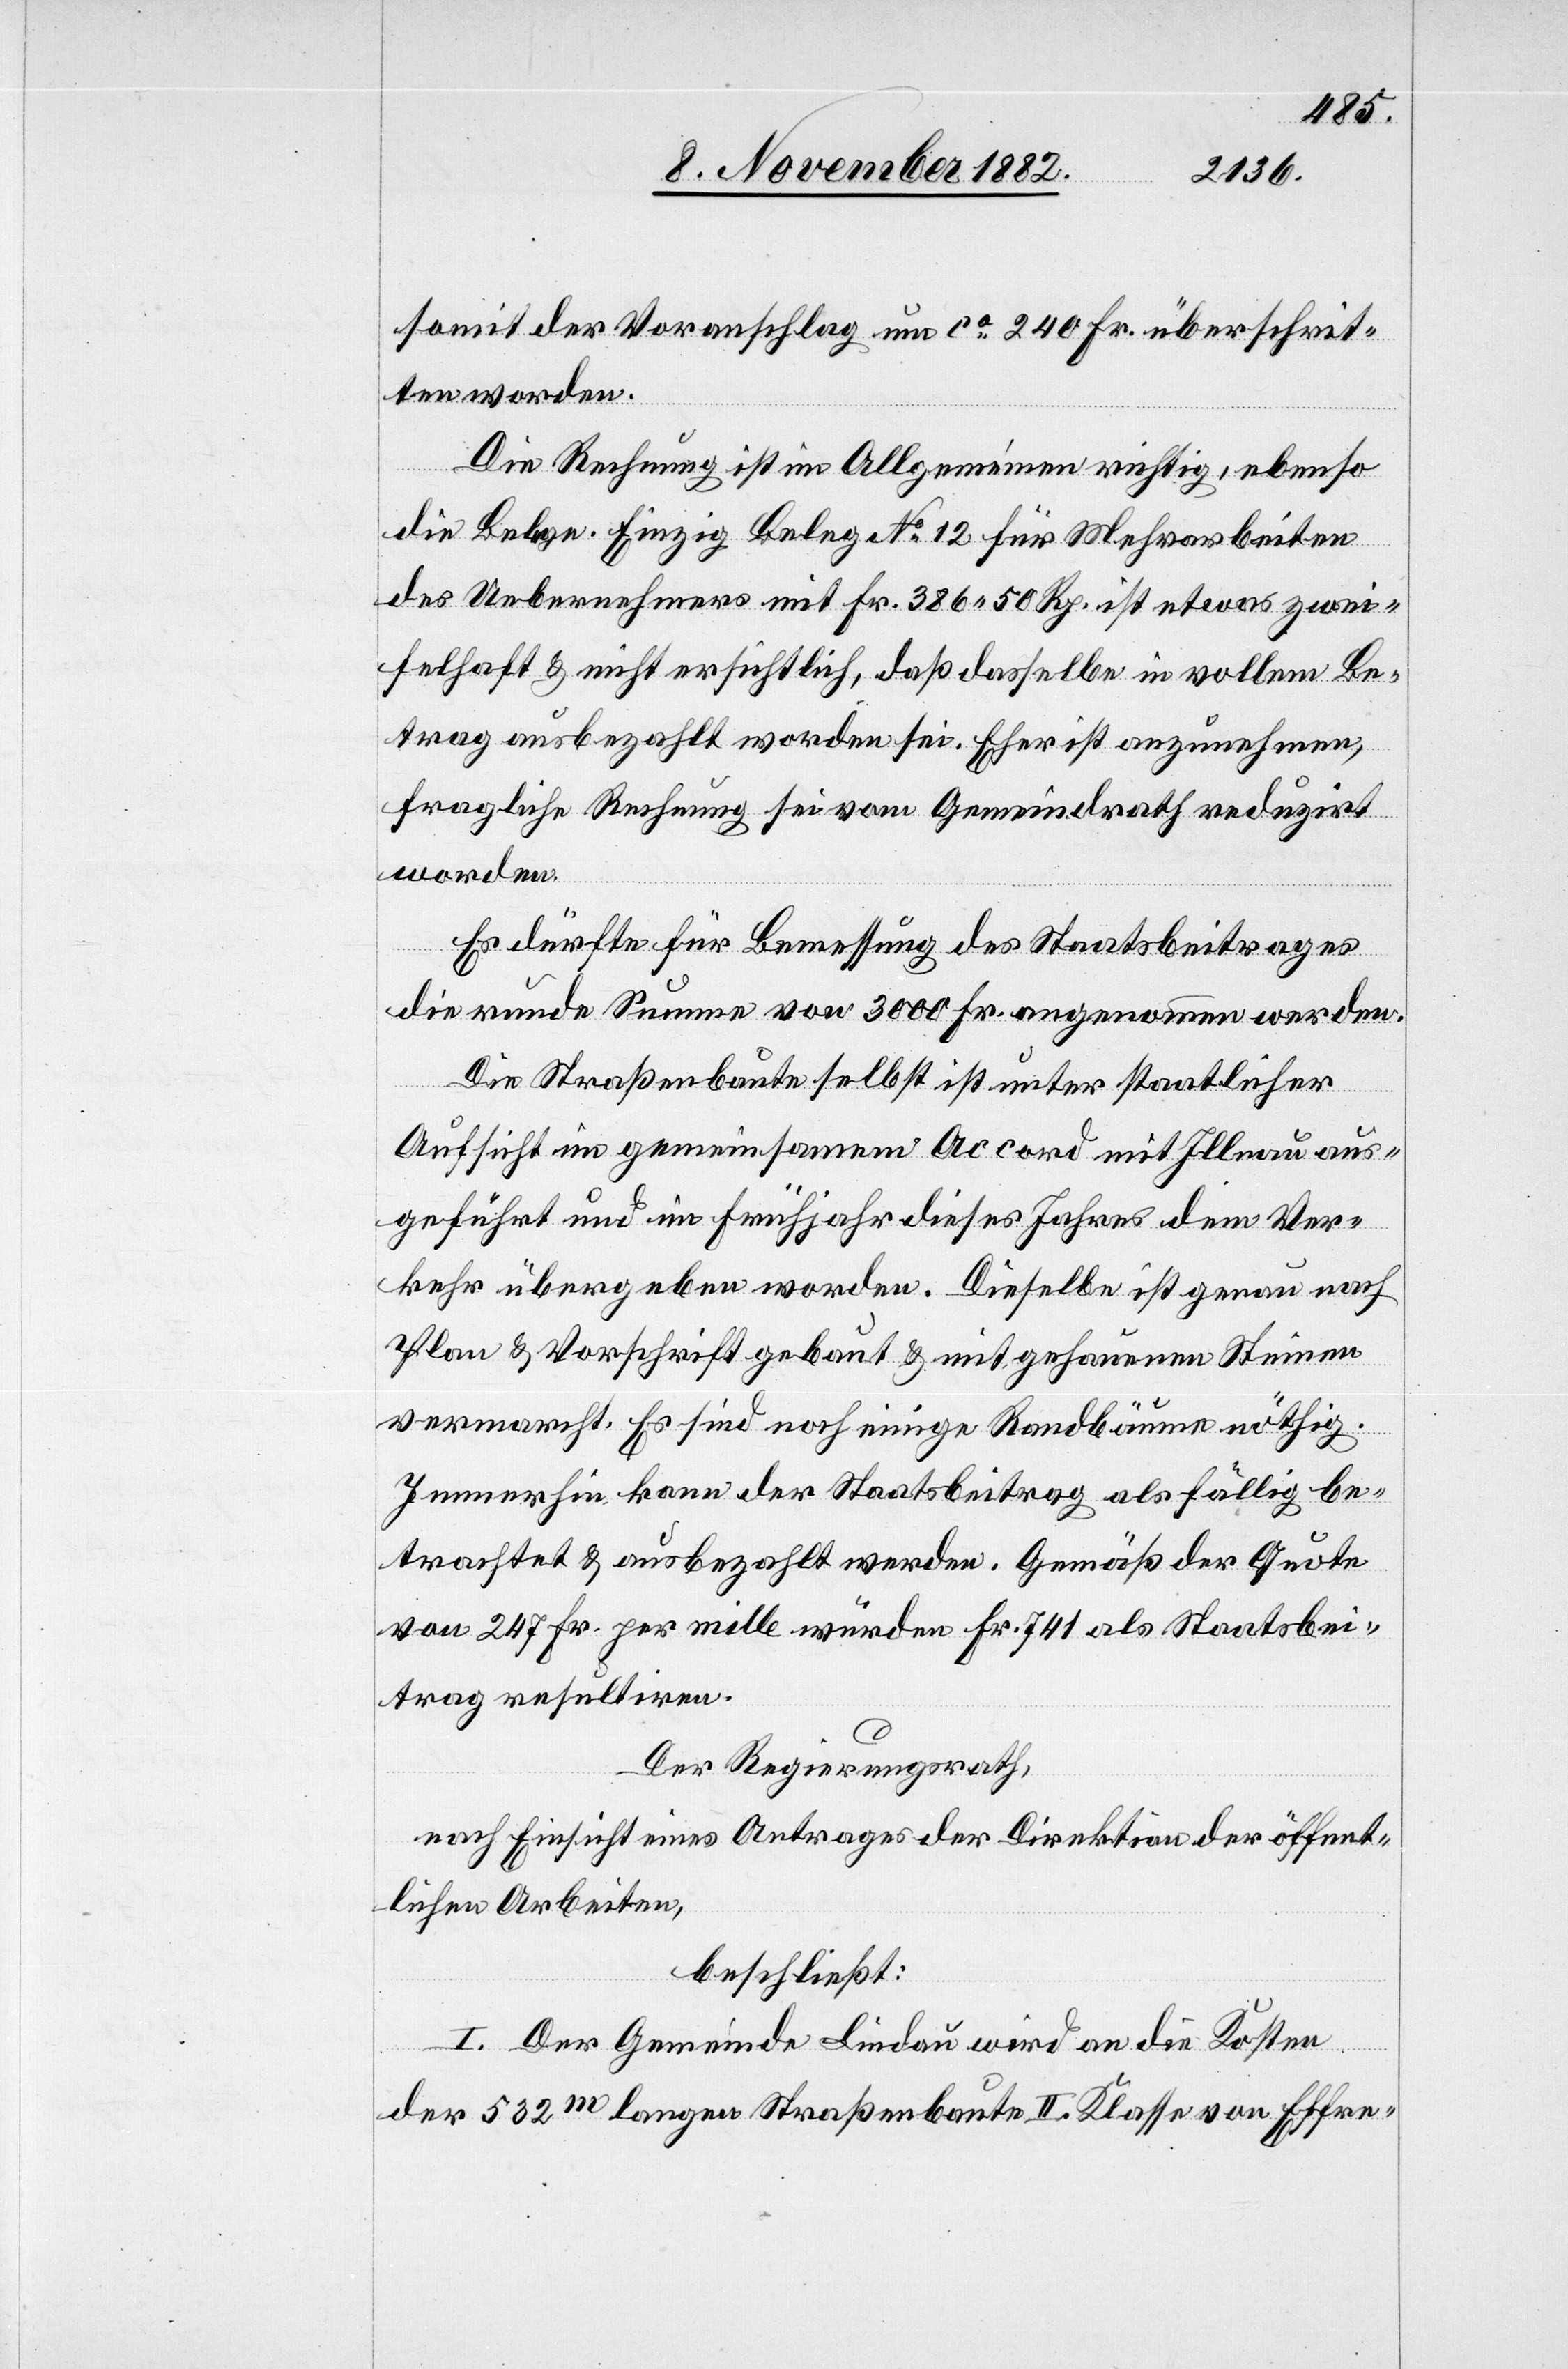
somit der Voranschlag um ca 240 Fr. überschrit¬
ten worden.
Die Rechnung ist im Allgemeinen richtig, ebenso
die Belege. Einzig Beleg No 12 für Mehrarbeiten
des Uebernehmers mit Fr. 386 50 Rp. ist etwas zwei¬
felhaft & nicht ersichtlich, daß dasselbe in vollem Be¬
trag ausbezahlt worden sei. Eher ist anzunehmen,
fragliche Rechnung sie vom Gemeindrath reduzirt
worden.
Es dürfte für Bemessung des Staatsbeitrages
die runde Summe von 3000 Fr. angenommen werden.
Die Straßenbaute selbst ist unter staatlicher
Aufsicht im gemeinsamen Accord mit Illnau aus¬
geführt und im Frühjahr dieses Jahres dem Ver¬
kehr übergeben worden. Dieselbe ist genau nach
Plan & Vorschrift gebaut & mit gehauenen Steinen
vermarcht. Es sind noch einige Randbäume nöthig.
Immerhin kann der Staatsbeitrag als fällig be¬
trachtet & ausbezahlt werden. Gemäß der Quote
von 247 Fr. per mille würden Fr. 741 als Staatsbei¬
trag resultiren.
Der Regierungsrath,
nach Einsicht eines Antrages der Direktion der öffent¬
lichen Arbeiten,
beschließt:
I. Der Gemeinde Lindau wird an die Kosten
der 532m langen Straßenbaute II. Klasse von Effre-